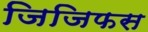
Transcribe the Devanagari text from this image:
जिजिफस